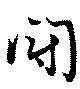
闘